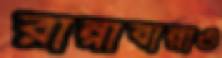
রান্নাবান্নাও